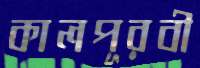
কালপূরবী